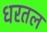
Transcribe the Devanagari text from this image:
धरतल